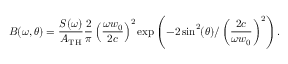
B ( \omega , \theta ) = \frac { S ( \omega ) } { A _ { \mathrm { T H } } } \frac { 2 } { \pi } \left( \frac { \omega w _ { 0 } } { 2 c } \right) ^ { 2 } \exp \left( - 2 \sin ^ { 2 } ( \theta ) / \left( \frac { 2 c } { \omega w _ { 0 } } \right) ^ { 2 } \right) .